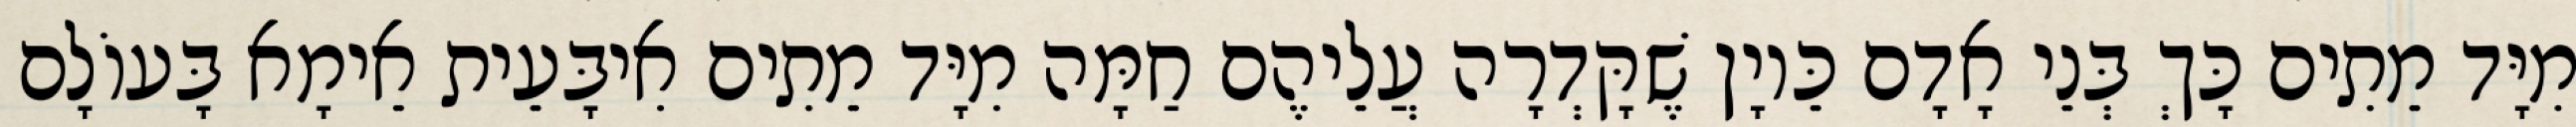
מִיָּד מֵתִים כָּךְ בְּנֵי אָדָם כֵּיוָן שֶׁקָּדְרָה עֲלֵיהֶם חַמָּה מִיָּד מֵתִים אִיבָּעֵית אֵימָא בָּעוֹלָם